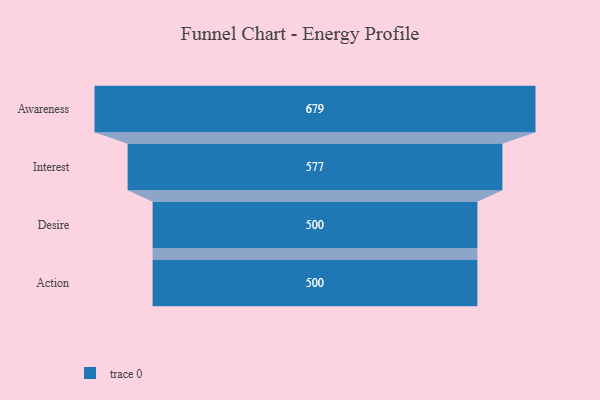
{"axis": {"x": "Stage", "y": "Value"}, "legend": [""], "data": [{"x": "Awareness", "y": 679.0, "type": ""}, {"x": "Interest", "y": 577.0, "type": ""}, {"x": "Desire", "y": 500, "type": ""}, {"x": "Action", "y": 500, "type": ""}]}